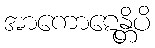
အာကောဋေန္တိပိ